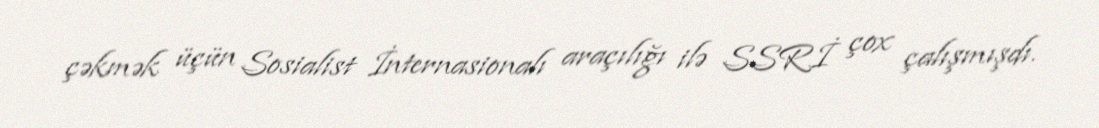
çəkmək üçün Sosialist İnternasionalı araçılığı ilə SSRİ çox çalışmışdı.